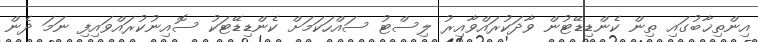
އިންތިޚާބުގައި ތިން ކެންޑިޑޭޓުން ވާދަކުރައްވާއިރު ލިސްޓު ސައްހަކަމަށް ކެންޑިޑޭޓަކު ސޮއިނުކުރައްވައިފި ނަމަ ދެން